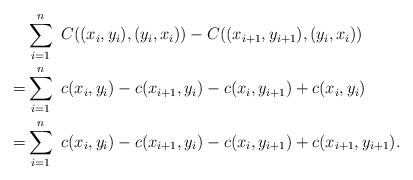
LaTeX: \begin{align*}&\sum_{i=1}^n\ C((x_i,y_i),(y_i,x_i))-C((x_{i+1},y_{i+1}),(y_i,x_i))\\=&\sum_{i=1}^n\ c(x_i,y_i)-c(x_{i+1},y_i)-c(x_i,y_{i+1})+c(x_i,y_i)\\=&\sum_{i=1}^n\ c(x_i,y_i)-c(x_{i+1},y_i)-c(x_i,y_{i+1})+c(x_{i+1},y_{i+1}).\end{align*}